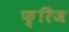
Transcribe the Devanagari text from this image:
फ़्रिज